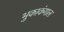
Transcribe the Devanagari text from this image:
भुकाकंगाल